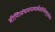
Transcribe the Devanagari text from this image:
त्रीणिसंचयनस्यार्थेतानिवैशृणुसांप्रतं